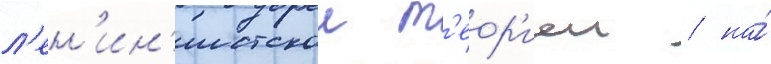
л'ен'ин'истскои т'еор'иеи / на́